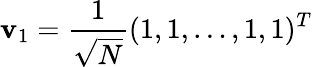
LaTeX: \mathbf{v}_{1}=\frac{1}{\sqrt{N}}(1,1,\dots,1,1)^{T}